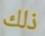
ذلك